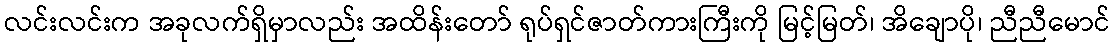
လင်းလင်းက အခုလက်ရှိမှာလည်း အထိန်းတော် ရုပ်ရှင်ဇာတ်ကားကြီးကို မြင့်မြတ်၊ အိချောပို၊ ညီညီမောင်